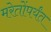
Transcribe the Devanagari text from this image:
मरेतोंपर्यंत